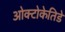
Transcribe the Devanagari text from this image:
ओक्टोकेतिडे